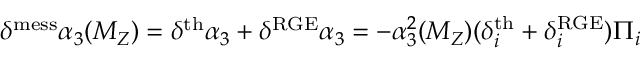
\delta ^ { \mathrm { m e s s } } \alpha _ { 3 } ( M _ { Z } ) = \delta ^ { \mathrm { t h } } \alpha _ { 3 } + \delta ^ { \mathrm { R G E } } \alpha _ { 3 } = - \alpha _ { 3 } ^ { 2 } ( M _ { Z } ) ( \delta _ { i } ^ { \mathrm { t h } } + \delta _ { i } ^ { \mathrm { R G E } } ) \Pi _ { i }